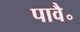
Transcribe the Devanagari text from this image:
पावै॰